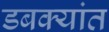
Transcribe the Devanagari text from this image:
डबक्यांत